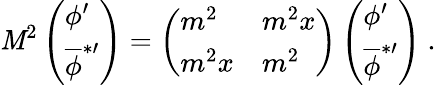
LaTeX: \mathit{M}^{2}\left(\begin{array}{l}{{\phi^{\prime}}}\\ {{{\overline{{{\phi}}}}^{*\prime}}}\end{array}\right)=\left(\begin{array}{ll}{{m^{2}}}&{{m^{2}x}}\\ {{m^{2}x}}&{{m^{2}}}\end{array}\right)\left(\begin{array}{l}{{\phi^{\prime}}}\\ {{{\overline{{{\phi}}}}^{*\prime}}}\end{array}\right)\ .